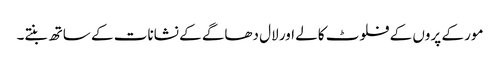
مور کے پروں کے فلوٹ کالے اور لال دھاگے کے نشانات کے ساتھ بنتے۔